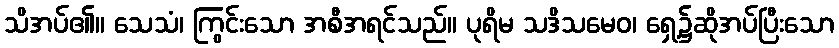
သိအပ်၏။ သေသံ၊ ကြွင်းသော အစီအရင်သည်။ ပုရိမ သဒိသမေဝ၊ ရှေ့၌ဆိုအပ်ပြီးသော